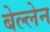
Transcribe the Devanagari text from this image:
बेल्लेन